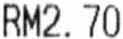
RM2.70